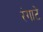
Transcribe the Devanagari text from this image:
रंगाटे